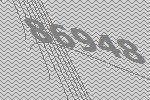
86948